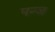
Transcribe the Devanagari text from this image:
पन्ज